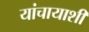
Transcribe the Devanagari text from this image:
यांचायाशी